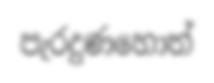
පැරදුණහොත්